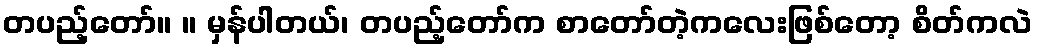
တပည့်တော်။ ။ မှန်ပါတယ်၊ တပည့်တော်က စာတော်တဲ့ကလေးဖြစ်တော့ စိတ်ကလဲ